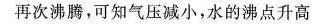
再次沸腾，可知气压减小，水的沸点升高